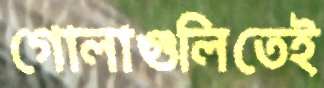
গোলাগুলিতেই